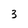
Character: 3